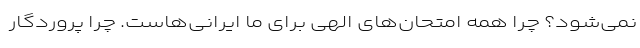
نمی‌شود؟ چرا همه امتحان‌های الهی برای ما ایرانی‌هاست. چرا پروردگار